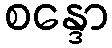
စန္ဒော